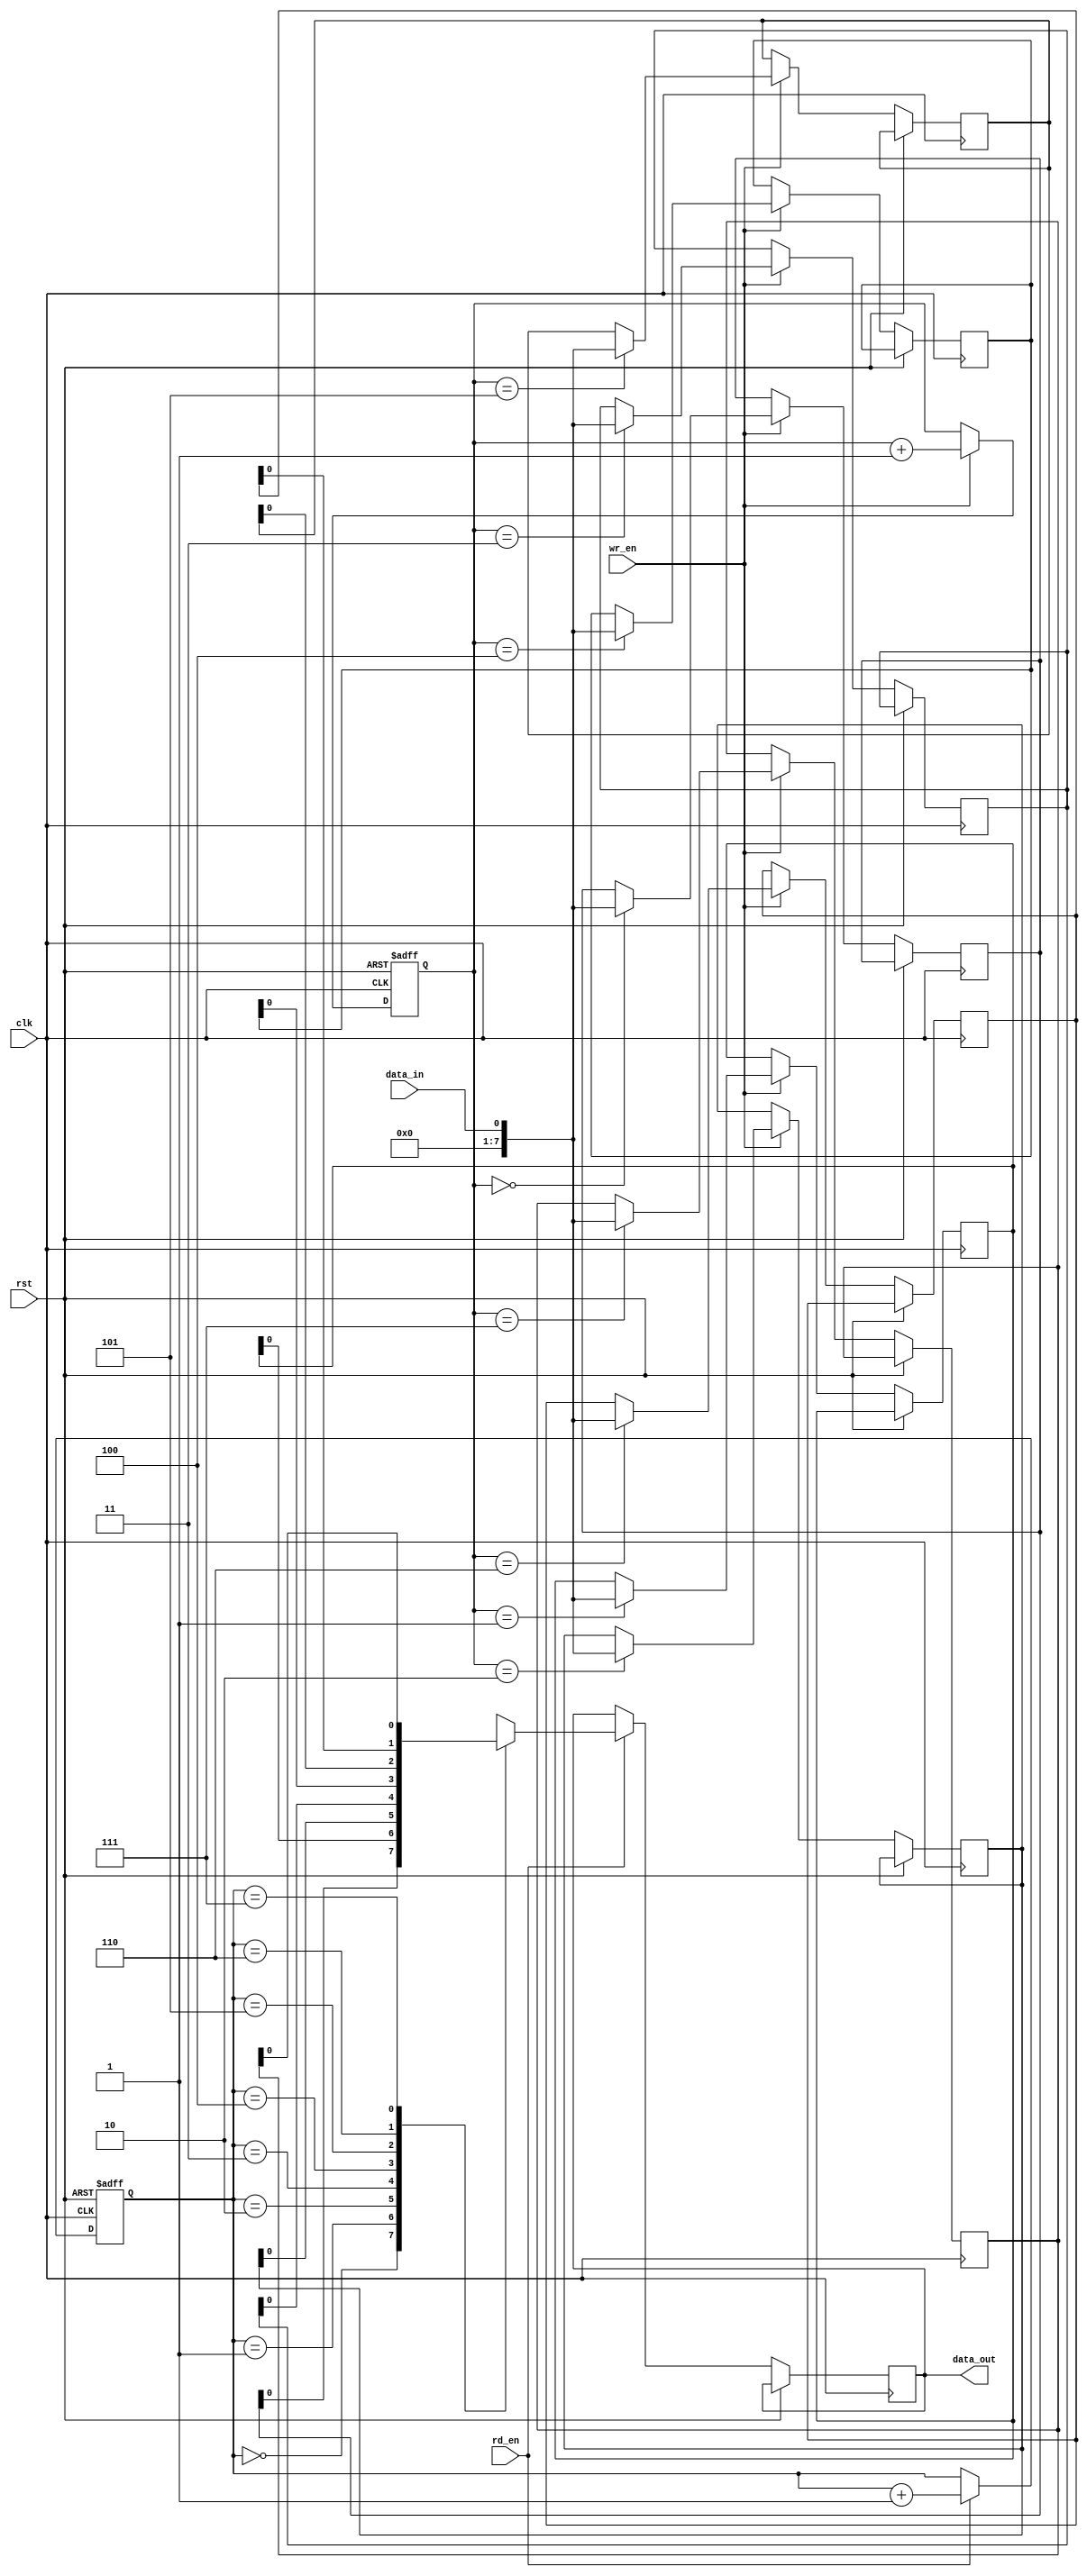
module CircularFIFO (
    input wire clk,
    input wire rst,
    input wire wr_en,
    input wire rd_en,
    input wire data_in,
    output reg data_out
);

parameter BUFFER_SIZE = 8;
reg [7:0] buffer [BUFFER_SIZE - 1:0];
reg [2:0] wr_ptr;
reg [2:0] rd_ptr;

always @ (posedge clk or posedge rst)
begin
    if (rst)
    begin
        wr_ptr <= 0;
        rd_ptr <= 0;
    end
    else
    begin
        if (wr_en)
        begin
           buffer[wr_ptr] <= data_in;
           wr_ptr <= wr_ptr + 1;
           if (wr_ptr == BUFFER_SIZE)
               wr_ptr <= 0;
        end
        
        if (rd_en)
        begin
            data_out <= buffer[rd_ptr];
            rd_ptr <= rd_ptr + 1;
            if (rd_ptr == BUFFER_SIZE)
                rd_ptr <= 0;
        end
    end
end

endmodule